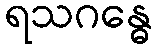
ရသဂန္ဓေ